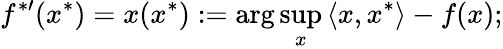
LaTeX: f^{{*}\prime}(x^{*})=x(x^{*}):=\arg\operatorname*{sup}_{x}{\langle x,x^{*}\rangle}-f(x);